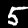
Label: 5